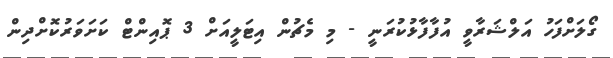
ގޯލަށްފަހު އަލްޝަރާވީ އުފާފާޅުކުރަނީ - މި މެޗުން އިޓަލީއަށް 3 ޕޮއިންޓް ކަށަވަރުކޮށްދިން